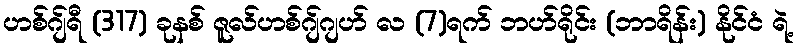
ဟစ်ဂျ်ရီ (317) ခုနစ် ဇူလ်ဟစ်ဂျ်ဂျဟ် လ (7)ရက် ဘဟ်ရိုင်း (ဘာရိန်း) နိုင်ငံ ရဲ့